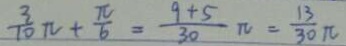
\frac { 3 } { 1 0 } \pi + \frac { \pi } { 6 } = \frac { 9 + 5 } { 3 0 } \pi = \frac { 1 3 } { 3 0 } \pi